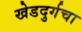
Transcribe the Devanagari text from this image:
खेडदुर्गचा